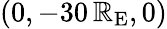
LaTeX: (0,-30\, \mathbb{R}_{\mathrm{{E}}},0)